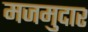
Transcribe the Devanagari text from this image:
मजमुदार